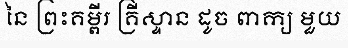
នៃ ព្រះគម្ពីរ គ្រីស្ទាន ដូច ពាក្យ មួយ